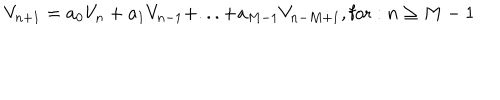
V _ { n + 1 } = a _ { 0 } V _ { n } + a _ { 1 } V _ { n - 1 } + . . . + a _ { M - 1 } V _ { n - M + 1 } , \mathrm { f o r } : n \geq M - 1